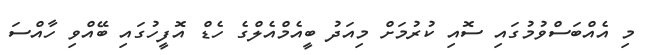
މި އެއްބަސްވުމުގައި ސޮއި ކުރުމަށް މިއަދު ބީއެމްއެލްގެ ހެޑް އޮފީހުގައި ބޭއްވި ހާއްސަ